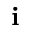
\mathbf { i }